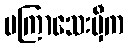
မကြာသေးမှီက